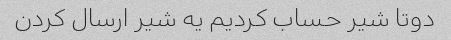
دوتا شیر حساب کردیم یه شیر ارسال کردن